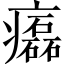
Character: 𤻳